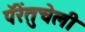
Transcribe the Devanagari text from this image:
पॅरेंतुचेली